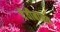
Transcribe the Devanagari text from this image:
देवीबाबत